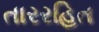
તારરહિત